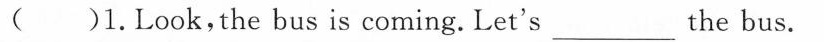
( )1.Look,the bus is coming.Let's___ the bus.